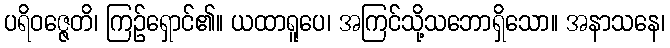
ပရိဝဇ္ဇေတိ၊ ကြဉ်ရှောင်၏။ ယထာရူပေ၊ အကြင်သို့သဘောရှိသော။ အနာသနေ၊